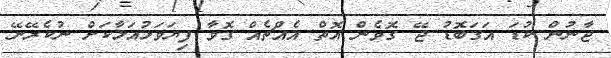
ޖާނުން ކުޑަ އަގަބޮޑު ޖޭ ގޮވެން އޮތް އެއްޗެއް ގޮވާ ފިޔަވަޅުއަޅާކަށް ނުކެރޭނޭ